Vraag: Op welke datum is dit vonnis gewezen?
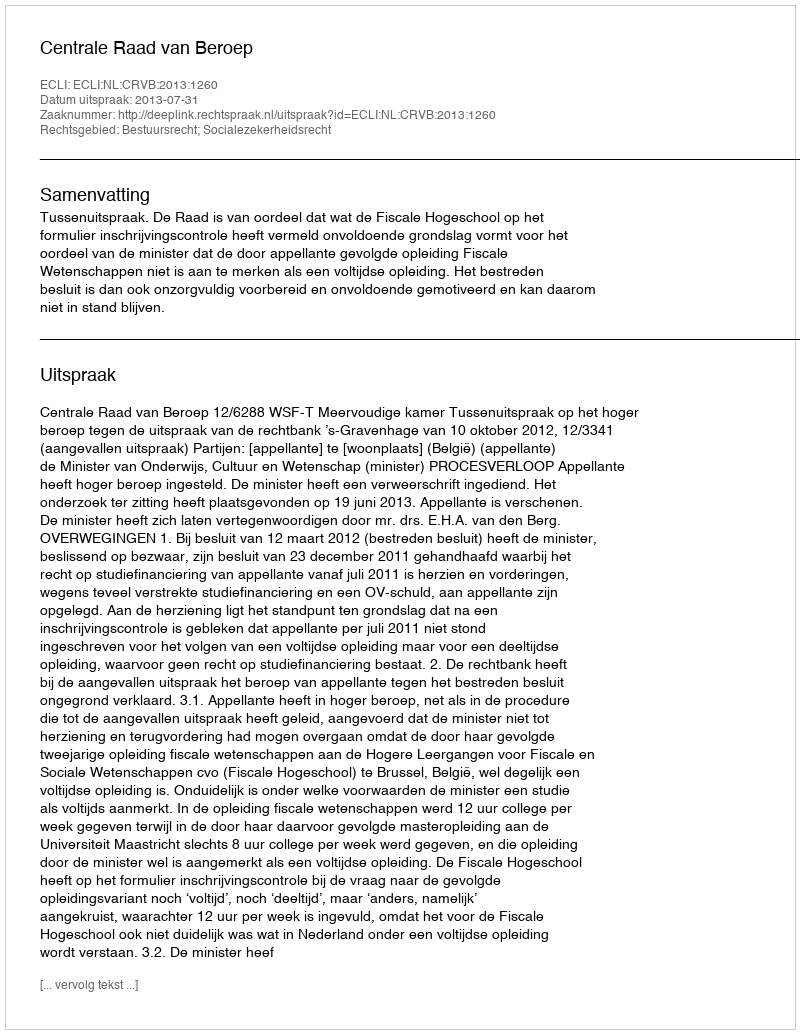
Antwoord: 2013-07-31